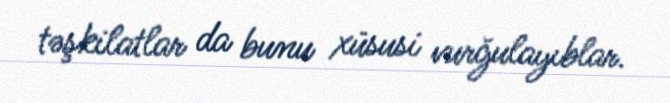
təşkilatlar da bunu xüsusi vurğulayıblar.